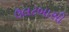
ઉલટબાસી